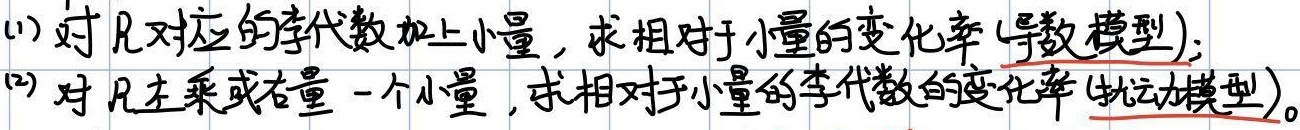
(1) 对\(\mathfrak{g}\)对应的李代数加上小量，求相对于小量的变化率(导数模型)；
(2) 对\(\mathfrak{g}\)左乘或右乘一个小量，求相对于小量的李代数的变化率(扰动模型)。